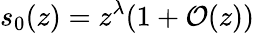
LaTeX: s_{0}(z)=z^{\lambda}(1+{\mathcal{O}}(z))